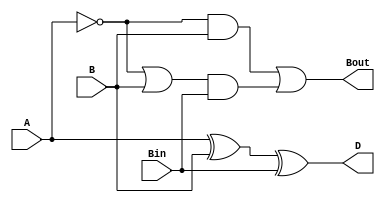
module full_subtractor(
    input A,
    input B,
    input Bin,
    output D,
    output Bout
);

assign D = A ^ B ^ Bin;
assign Bout = (~A & B) | ((~A | B) & Bin);

endmodule